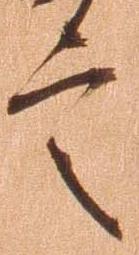
言